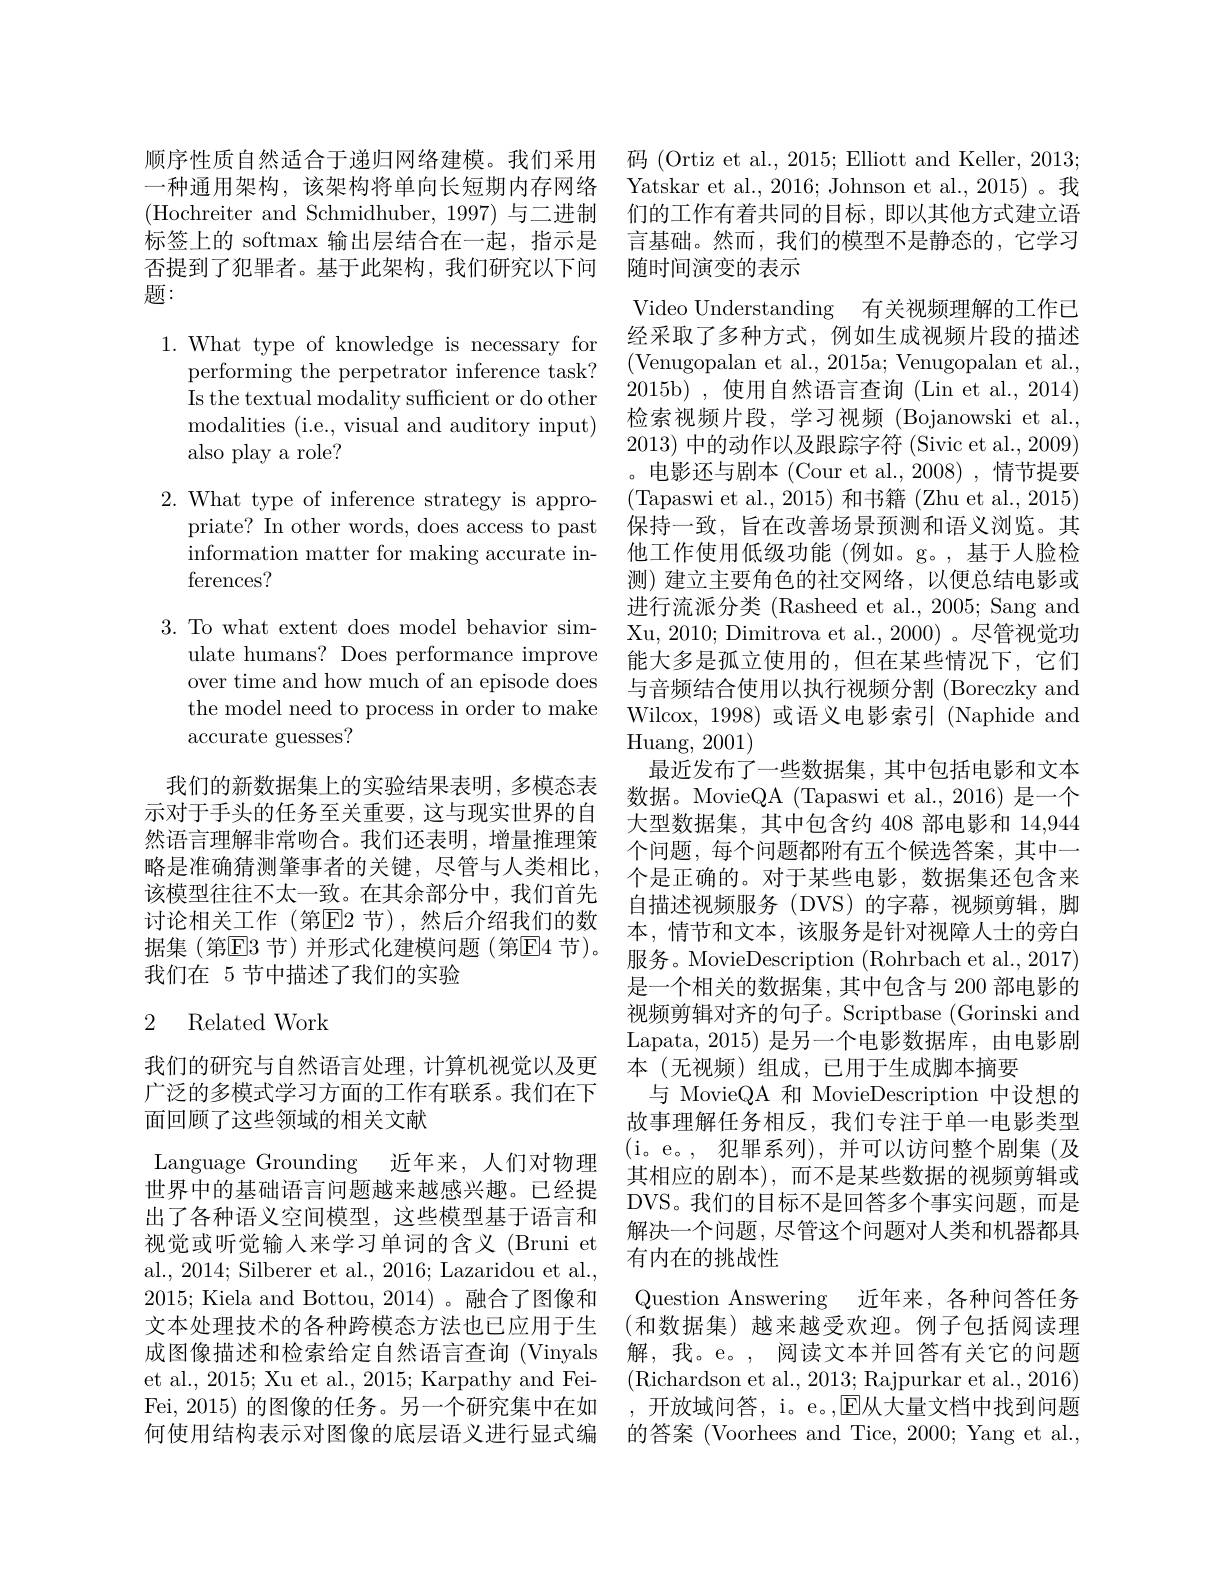
顺序性质自然适合于递归网络建模。我们采用 码 (Ortiz et al.,2015; Elliott and Keller, 2013; 一种通用架构，该架构将单向长短期内存网络 Yatskar et al.,2016; Johnson et al., 2015)。我(Hochreiter and Schmidhuber, 1997) 与二进制 们的工作有着共同的目标，即以其他方式建立语标签上的 softmax 输出层结合在一起，指示是 言基础。然而，我们的模型不是静态的，它学习否提到了犯罪者。基于此架构，我们研究以下问 随时间演变的表示
题：

$1.{\mathrm{~What~type~of~knowledge~is~necessary~for}}$
performing the perpetrator inference task? (Venugopalan et al., 2015a; Venugopalan et al.,
Is the textual modality sufficient or do other modalities ( i. e. , visual and auditory input) also play a role?

2. What type of inference strategy is appro-
priate? In other words, does access to past
information matter for making accurate in- 他工作使用低级功能 (例如。g。,基于人脸检
ferences?

3. To what extent does model behavior sim-
ulate humans? Does performance improve 能大多是孤立使用的，但在某些情况下，它们
over time and how much of an episode does the model need to process in order to make accurate guesses?

我们的新数据集上的实验结果表明，多模态表示对于手头的任务至关重要，这与现实世界的自我们在 5 节中描述了我们的实验

### 2 Related Work

我们的研究与自然语言处理，计算机视觉以及更广泛的多模式学习方面的工作有联系。我们在下面回顾了这些领域的相关文献
Language Grounding 近年来，人们对物理世界中的基础语言问题越来越感兴趣。已经提出了各种语义空间模型，这些模型基于语言和视觉或听觉输入来学习单词的含义(Bruni et al., 2014; Silberer et al., 2016; Lazaridou et al.,

Video Understanding 有关视频理解的工作已经采取了多种方式，例如生成视频片段的描述2015b),使用自然语言查询(Lin et al., 2014) 检索视频片段，学习视频(Bojanowski et al., 2013)中的动作以及跟踪字符 (Sivic et al., 2009) 。电影还与剧本 (Cour et al.,2008),情节提要(Tapaswi et al., 2015) 和书籍 (Zhu et al., 2015) 保持一致，旨在改善场景预测和语义浏览。其测) 建立主要角色的社交网络，以便总结电影或进行流派分类 (Rasheed et al., 2005; Sang and Xu, 2010; Dimitrova et al., 2000)。尽管视觉功与音频结合使用以执行视频分割 (Boreczky and Wilcox, 1998)或语义电影索引 (Naphide and $\operatorname{Huang,~2001})$
最近发布了一些数据集，其中包括电影和文本数据。MovieQA (Tapaswi et al., 2016) 是一个大型数据集，其中包含约 408 部电影和 14,944
然语言理解非常吻合。我们还表明，增量推理策$\begin{array}{ccc}\text{个问题，每个问题都附有五个候选答案，其中一}\\\text{略是准确猜测肇事者的关键，尽管与人类相比，}&\text{个是正确的。对于某些电影，数据集还包含来}\\\text{该模型往往不太一致。在其余部分中，我们首先}&\text{白拱述初蠕眼名(DVS)故字曹 泇蝠前雄 脚}\end{array}$ 该 模 型 往 往 不 太 一 致 。在 其 余 部 分 中 , 我 们 首 先 「 足 止 明 时 。对 「 尤 三 巴 影 , 效 加 朱 匹 包 白 个 讨 论 相 关 工 作 ( 第 E2 节 ) , 然 后 介 绍 我 们 的 数 自 描 述 视 频 服 务 ( DVS) 的 字 幕 , 视 频 剪 辑 , 脚 据 集 ( 第 E3 节 ) 并 形 式 化 建 模 问 题 ( 第 E] 4 节 ) 。本 , 情 节 和 文 本 , 该 服 务 是 针 对 视 障 人 士 的 旁 白 据 集 ( 第 E3 节 ) 并 形 式 化 建 模 问 题 ( 第 E] 4 节 ) 。股 久 Moriononititan( Bohochotal 2017)
服务。MovieDescription (Rohrbach et al., 2017) 是一个相关的数据集，其中包含与 200 部电影的视频剪辑对齐的句子。Scriptbase (Gorinski and Lapata, 2015) 是另一个电影数据库，由电影剧本(无视频)组成，已用于生成脚本摘要
与 MovieQA 和 MovieDescription 中设想的故事理解任务相反，我们专注于单一电影类型(i。e。,犯罪系列),并可以访问整个剧集(及其相应的剧本),而不是某些数据的视频剪辑或DVS。我们的目标不是回答多个事实问题，而是解决一个问题，尽管这个问题对人类和机器都具有内在的挑战性
2015; Kiela and Bottou, 2014) 。融合了图像和 Question Answering 近年来，各种问答任务文本处理技术的各种跨模态方法也已应用于生 (和数据集)越来越受欢迎。例子包括阅读理成图像描述和检索给定自然语言查询 (Vinyals 解，我。e。, 阅读文本并回答有关它的问题et al., 2015; Xu et al., 2015; Karpathy and Fei- (Richardson et al., 2013; Rajpurkar et al., 2016) Fei, 2015) 的图像的任务。另一个研究集中在如 , 开放域间答，i。e。,E从大量文档中找到问题何使用结构表示对图像的底层语义进行显式编 的答案 (Voorhees and Tice, 2000; Yang et al.,